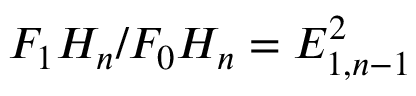
F _ { 1 } H _ { n } / F _ { 0 } H _ { n } = E _ { 1 , n - 1 } ^ { 2 }